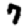
Digit: 7